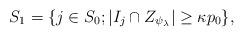
LaTeX: \begin{align*} S_1= \{ j \in S_0; |I_j \cap Z_{\psi_\lambda} | \geq \kappa p_0 \}, \end{align*}